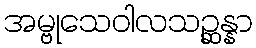
အမ္ဗုသေဝါလသဉ္ဆန္နာ